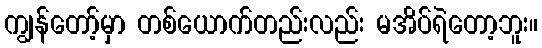
ကျွန်တော့်မှာ တစ်ယောက်တည်းလည်း မအိပ်ရဲတော့ဘူး။